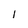
Character: I